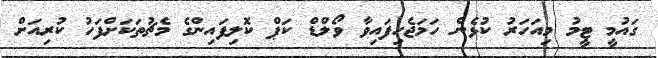
ގައުމީ ޓީމު މިއަހަރު ކުޅެން ހަމަޖެހިފައިވާ ވޯލްޑް ކަޕް ކޮލިފައިންގެ މެޗުތަކަށްފަހު ކުރިއަށް